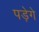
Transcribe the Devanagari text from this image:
पड़ेगे